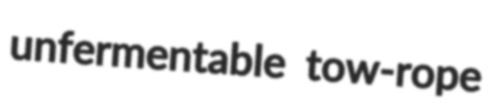
unfermentable tow-rope